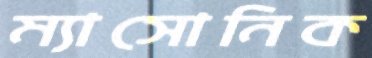
ম্যাসোনিক